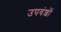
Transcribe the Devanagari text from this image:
उपवंशों